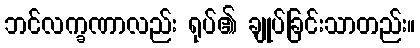
ဘင်လက္ခဏာလည်း ရုပ်၏ ချုပ်ခြင်းသာတည်း။